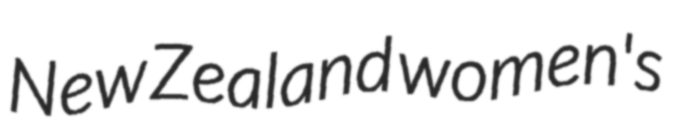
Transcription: New Zealand women's